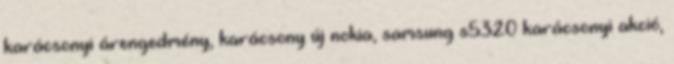
karácsonyi árengedmény, karácsony új nokia, samsung s5320 karácsonyi akció,